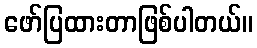
ဖော်ပြထားတာဖြစ်ပါတယ်။